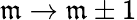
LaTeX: \mathfrak{m}\to\mathfrak{m}\pm1